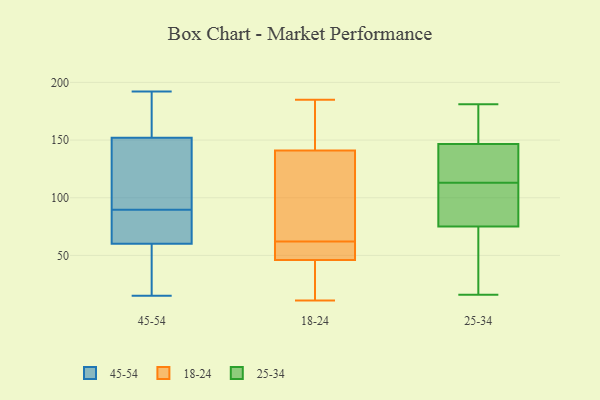
{"axis": {"x": "Latency (ms)", "y": "Value"}, "legend": ["18-24", "25-34", "45-54"], "data": [{"x": "", "y": 182, "type": "45-54"}, {"x": "", "y": 44, "type": "45-54"}, {"x": "", "y": 166, "type": "45-54"}, {"x": "", "y": 54, "type": "45-54"}, {"x": "", "y": 134, "type": "45-54"}, {"x": "", "y": 63, "type": "45-54"}, {"x": "", "y": 137, "type": "45-54"}, {"x": "", "y": 192, "type": "45-54"}, {"x": "", "y": 87, "type": "45-54"}, {"x": "", "y": 15, "type": "45-54"}, {"x": "", "y": 60, "type": "45-54"}, {"x": "", "y": 177, "type": "45-54"}, {"x": "", "y": 152, "type": "45-54"}, {"x": "", "y": 81, "type": "45-54"}, {"x": "", "y": 90, "type": "45-54"}, {"x": "", "y": 126, "type": "45-54"}, {"x": "", "y": 89, "type": "45-54"}, {"x": "", "y": 50, "type": "45-54"}, {"x": "", "y": 36, "type": "18-24"}, {"x": "", "y": 54, "type": "18-24"}, {"x": "", "y": 46, "type": "18-24"}, {"x": "", "y": 118, "type": "18-24"}, {"x": "", "y": 185, "type": "18-24"}, {"x": "", "y": 141, "type": "18-24"}, {"x": "", "y": 11, "type": "18-24"}, {"x": "", "y": 141, "type": "18-24"}, {"x": "", "y": 68, "type": "18-24"}, {"x": "", "y": 56, "type": "18-24"}, {"x": "", "y": 153, "type": "25-34"}, {"x": "", "y": 110, "type": "25-34"}, {"x": "", "y": 181, "type": "25-34"}, {"x": "", "y": 16, "type": "25-34"}, {"x": "", "y": 154, "type": "25-34"}, {"x": "", "y": 97, "type": "25-34"}, {"x": "", "y": 22, "type": "25-34"}, {"x": "", "y": 111, "type": "25-34"}, {"x": "", "y": 115, "type": "25-34"}, {"x": "", "y": 134, "type": "25-34"}, {"x": "", "y": 130, "type": "25-34"}, {"x": "", "y": 145, "type": "25-34"}, {"x": "", "y": 144, "type": "25-34"}, {"x": "", "y": 98, "type": "25-34"}, {"x": "", "y": 58, "type": "25-34"}, {"x": "", "y": 148, "type": "25-34"}, {"x": "", "y": 181, "type": "25-34"}, {"x": "", "y": 69, "type": "25-34"}, {"x": "", "y": 31, "type": "25-34"}, {"x": "", "y": 81, "type": "25-34"}]}